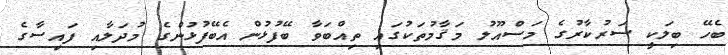
ބެހޭ ބިލަކީ ސަރުކާރުގެ މަސްއޫލު މަޤާމުތަކުގައި ތިއްބަވާ ބޭފުޅުން އެބޭފުޅުންގެ މުދަލާއި ފައިސާގެ